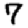
Digit: 7